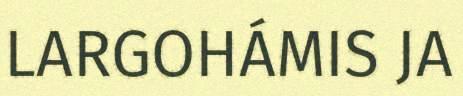
LARGOHÁMIS JA